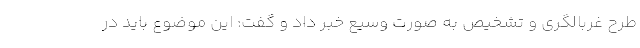
طرح غربالگری و تشخیص به صورت وسیع خبر داد و گفت: این موضوع باید در